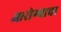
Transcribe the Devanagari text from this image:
आरोग्याचा